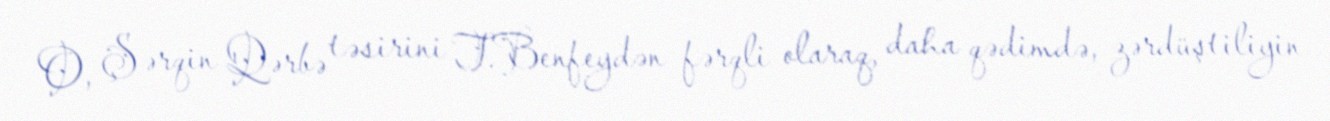
O, Şərqin Qərbə təsirini T.Benfeydən fərqli olaraq, daha qədimdə, zərdüştiliyin